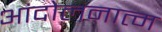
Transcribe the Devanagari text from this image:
आंदोलनात्म